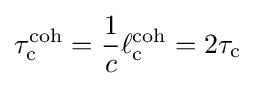
\tau _{\rm {c}}^{\rm {coh}}={\frac {1}{c}}\ell _{\rm {c}}^{\rm {coh}}=2\tau _{\rm {c}}